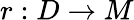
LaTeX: r:D\to M